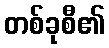
တစ်ခုစီ၏